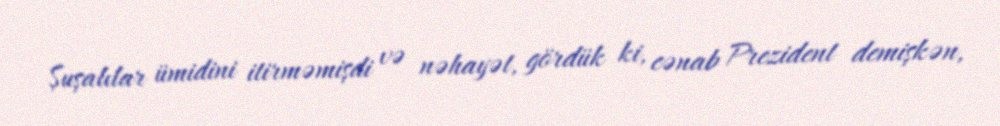
Şuşalılar ümidini itirməmişdi və nəhayət, gördük ki, cənab Prezident demişkən,